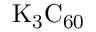
\mathrm { K _ { 3 } C _ { 6 0 } }